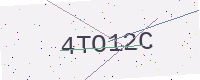
Text: 4TO12C